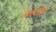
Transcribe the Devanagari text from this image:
लामोथे